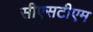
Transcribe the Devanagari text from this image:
सीएसटीएम